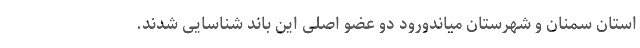
استان سمنان و شهرستان میاندورود دو عضو اصلی این باند شناسایی شدند.